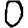
Digit: 0